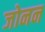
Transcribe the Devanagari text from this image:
जोनन